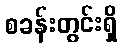
စခန်းတွင်းရှိ